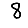
Digit: 8